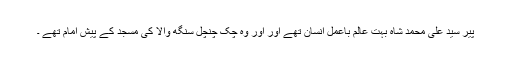
پیر سید علی محمد شاہ بہت عالم باعمل انسان تھے اور اور وہ چک چنچل سنگھ والا کی مسجد کے پیش امام تھے ۔